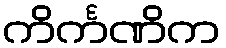
ကိင်္ကဏိက